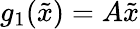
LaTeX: g_{1}(\tilde{x})=A\tilde{x}